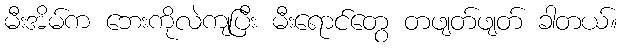
မီးအိမ်က ဘေးကိုလဲကျပြီး မီးရောင်တွေ တဖျတ်ဖျတ် ခါတယ်။